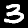
Digit: 3